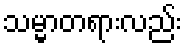
သမ္မာတရားလည်း